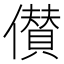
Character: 儧